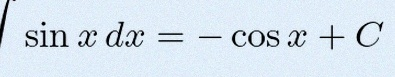
\int \sin x\,dx=-\cos x+C